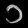
Digit: ၁